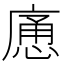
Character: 𱝉